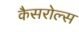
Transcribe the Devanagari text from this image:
कैसरोल्स